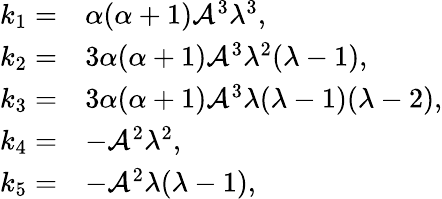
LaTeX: \begin{array}{rl}{k_{1}=}&{\alpha(\alpha+1)\mathcal{A}^{3}\lambda^{3},}\\ {k_{2}=}&{3\alpha(\alpha+1)\mathcal{A}^{3}\lambda^{2}(\lambda-1),}\\ {k_{3}=}&{3\alpha(\alpha+1)\mathcal{A}^{3}\lambda(\lambda-1)(\lambda-2),}\\ {k_{4}=}&{-\mathcal{A}^{2}\lambda^{2},}\\ {k_{5}=}&{-\mathcal{A}^{2}\lambda(\lambda-1),}\end{array}